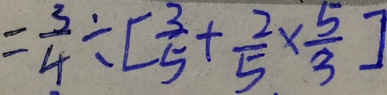
= \frac { 3 } { 4 } \div [ \frac { 3 } { 5 } + \frac { 2 } { 5 } \times \frac { 5 } { 3 } ]